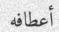
أعطافه